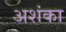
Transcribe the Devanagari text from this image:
अशंका